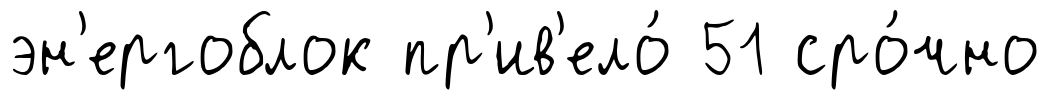
эн'ергоблок пр'ив'ело́ 51 сро́чно